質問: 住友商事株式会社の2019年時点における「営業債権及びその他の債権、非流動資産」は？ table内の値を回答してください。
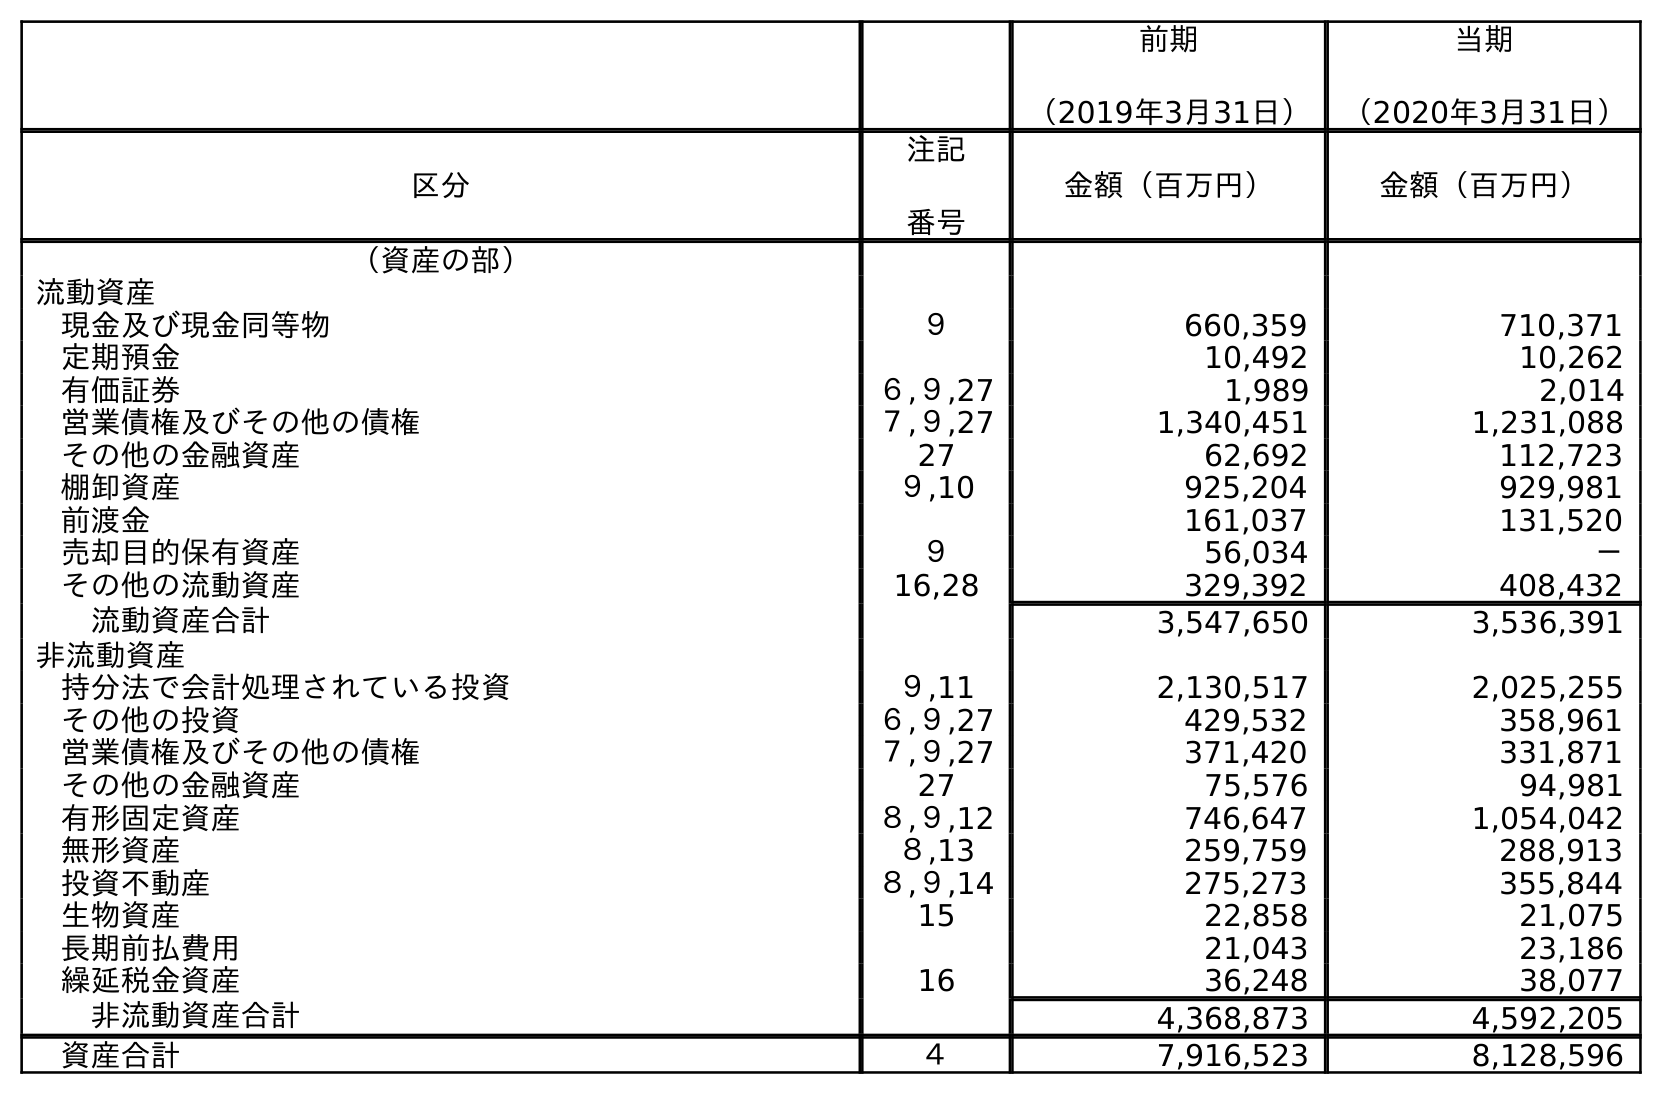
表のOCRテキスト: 前期 （2019年3月31日） 当期 （2020年3月31日） 区分 注記 番号 金額（百万円） 金額（百万円） （資産の部） 流動資産 現金及び現金同等物 ９ 660,359 710,371 定期預金 10,492 10,262 有価証券 ６,９,27 1,989 2,014 営業債権及びその他の債権 ７,９,27 1,340,451 1,231,088 その他の金融資産 27 62,692 112,723 棚卸資産 ９,10 925,204 929,981 前渡金 161,037 131,520 売却目的保有資産 ９ 56,034 － その他の流動資産 16,28 329,392 408,432 流動資産合計 3,547,650 3,536,391 非流動資産 持分法で会計処理されている投資 ９,11 2,130,517 2,025,255 その他の投資 ６,９,27 429,532 358,961 営業債権及びその他の債権 ７,９,27 371,420 331,871 その他の金融資産 27 75,576 94,981 有形固定資産 ８,９,12 746,647 1,054,042 無形資産 ８,13 259,759 288,913 投資不動産 ８,９,14 275,273 355,844 生物資産 15 22,858 21,075 長期前払費用 21,043 23,186 繰延税金資産 16 36,248 38,077 非流動資産合計 4,368,873 4,592,205 資産合計 ４ 7,916,523 8,128,596
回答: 371,420